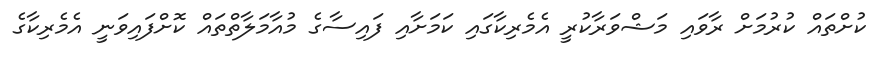
ކުށްތައް ކުރުމަށް ރާވައި މަޝްވަރާކުރީ އެމެރިކާގައި ކަމަށާއި ފައިސާގެ މުއާމަލާތްތައް ކޮށްފައިވަނީ އެމެރިކާގެ